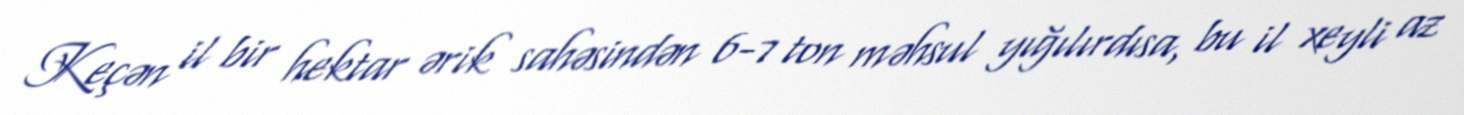
Keçən il bir hektar ərik sahəsindən 6-7 ton məhsul yığılırdısa, bu il xeyli az